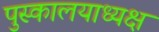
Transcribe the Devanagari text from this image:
पुस्कालयाध्यक्ष